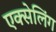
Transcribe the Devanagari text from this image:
एक्सेलिंग